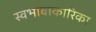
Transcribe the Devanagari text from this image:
स्वभावाकारिका